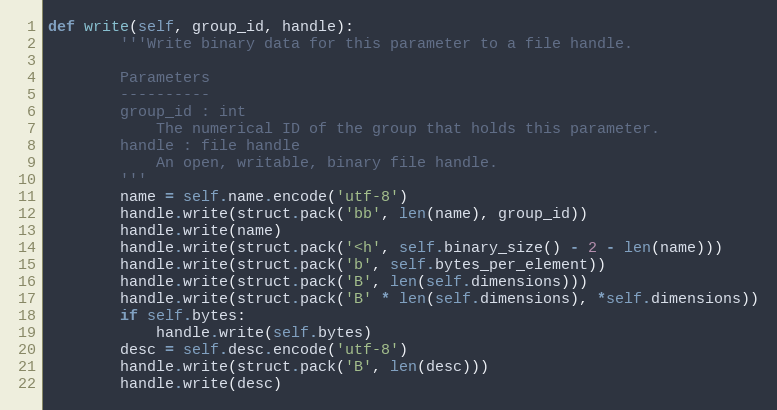
Language: Python
def write(self, group_id, handle):
        '''Write binary data for this parameter to a file handle.

        Parameters
        ----------
        group_id : int
            The numerical ID of the group that holds this parameter.
        handle : file handle
            An open, writable, binary file handle.
        '''
        name = self.name.encode('utf-8')
        handle.write(struct.pack('bb', len(name), group_id))
        handle.write(name)
        handle.write(struct.pack('<h', self.binary_size() - 2 - len(name)))
        handle.write(struct.pack('b', self.bytes_per_element))
        handle.write(struct.pack('B', len(self.dimensions)))
        handle.write(struct.pack('B' * len(self.dimensions), *self.dimensions))
        if self.bytes:
            handle.write(self.bytes)
        desc = self.desc.encode('utf-8')
        handle.write(struct.pack('B', len(desc)))
        handle.write(desc)